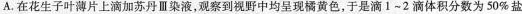
A.在花生子叶薄片上滴加苏丹Ⅲ染液，观察到视野中均呈现橘黄色，于是滴1~2滴体积分数为50%盐